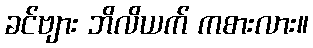
ခင်ဗျား ဘိလိယက် ကစားလား။